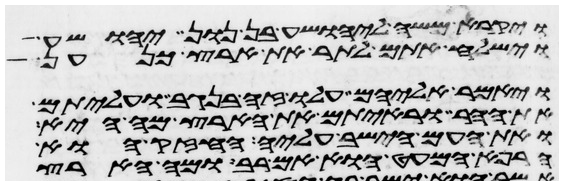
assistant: ויקרא משה ליהושע בן נון יהושע
וישלח אתם לתור את ארץ כנען
ויאמר אליהם עלו זה בנגב ועליתם
את ההר וראיתם את הארץ מה היא
ואת העם הישב עליה החזק או
הרפא המעט הוא אם רב ומה הארץ